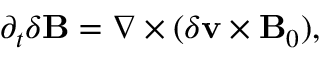
\begin{array} { r } { \partial _ { t } \delta \mathbf { B } = \nabla \times ( \delta \mathbf { v } \times \mathbf { B } _ { 0 } ) , } \end{array}